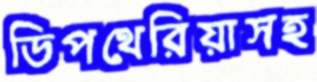
ডিপথেরিয়াসহ